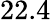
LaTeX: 22.4